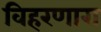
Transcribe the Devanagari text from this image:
विहरणारा